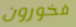
فخورون